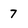
Character: 7